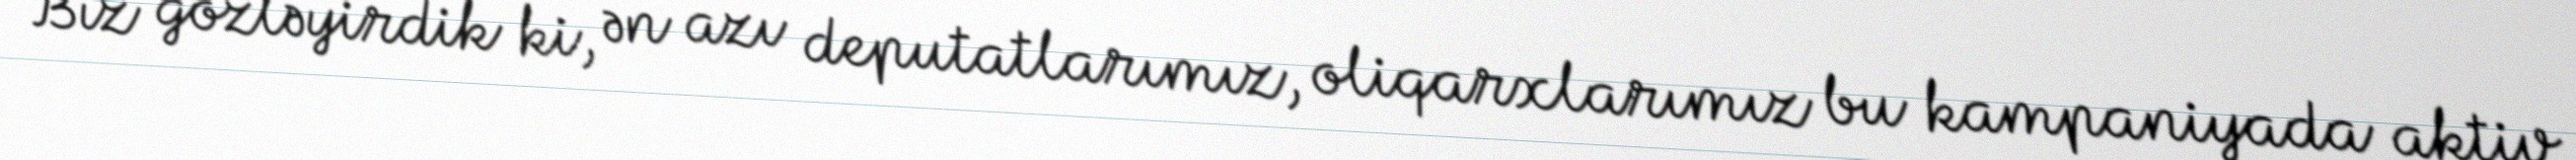
Biz gözləyirdik ki, ən azı deputatlarımız, oliqarxlarımız bu kampaniyada aktiv